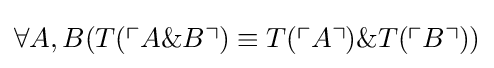
\forall A,B(T(\ulcorner {A\&B}\urcorner )\equiv T(\ulcorner {A}\urcorner )\&T(\ulcorner {B}\urcorner ))